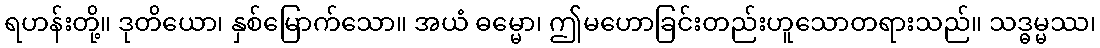
ရဟန်းတို့။ ဒုတိယော၊ နှစ်မြောက်သော။ အယံ ဓမ္မော၊ ဤမဟောခြင်းတည်းဟူသောတရားသည်။ သဒ္ဓမ္မဿ၊